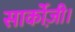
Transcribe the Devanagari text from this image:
सार्कोज़ी।